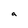
Character: a